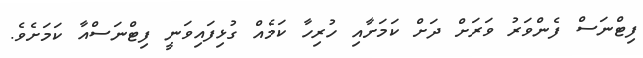
ފިޓްނަސް ފެންވަރު ވަރަށް ދަށް ކަމަށާއި ހުރިހާ ކަމެއް ގުޅިފައިވަނީ ފިޓްނަސްއާ ކަމަށެވެ.